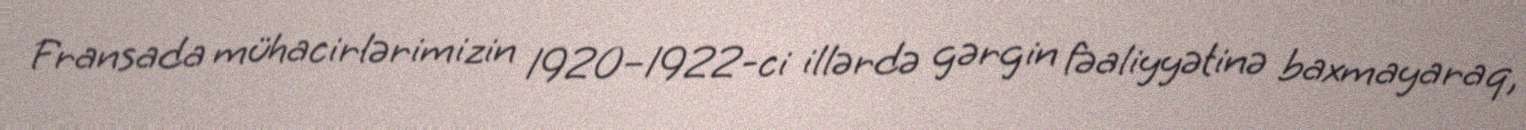
Fransada mühacirlərimizin 1920–1922-ci illərdə gərgin fəaliyyətinə baxmayaraq,